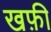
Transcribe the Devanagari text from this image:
खफ़ी